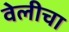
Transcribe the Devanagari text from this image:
वेलीचा